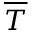
\overline { T }